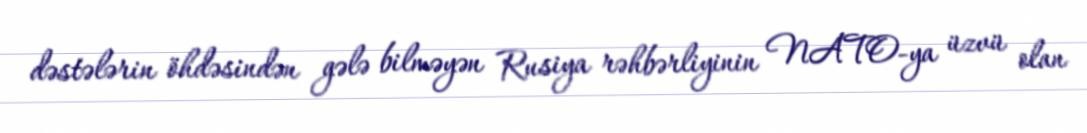
dəstələrin öhdəsindən gələ bilməyən Rusiya rəhbərliyinin NATO-ya üzvü olan